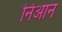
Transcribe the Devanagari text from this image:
निआन